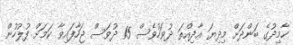
ހާމިދުގެ ބަންދަށް މިދިޔަ އާދިއްތަ ދުވަހުވެސް 15 ދުވަސް ޖަހާފައިވާ ކަމަށް ފުލުހުން